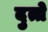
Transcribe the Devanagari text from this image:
दुत्ते